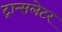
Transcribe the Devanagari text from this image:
ट्रान्सलेटर